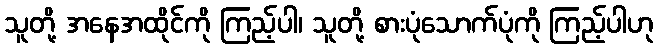
သူတို့ အနေအထိုင်ကို ကြည့်ပါ၊ သူတို့ စားပုံသောက်ပုံကို ကြည့်ပါဟု